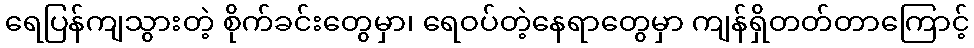
ရေပြန်ကျသွားတဲ့ စိုက်ခင်းတွေမှာ၊ ရေဝပ်တဲ့နေရာတွေမှာ ကျန်ရှိတတ်တာကြောင့်